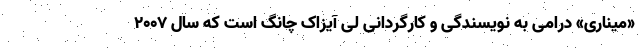
«میناری» درامی به نویسندگی و کارگردانی لی آیزاک چانگ است که سال ۲۰۰۷